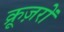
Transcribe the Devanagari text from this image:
क्रूज़रों